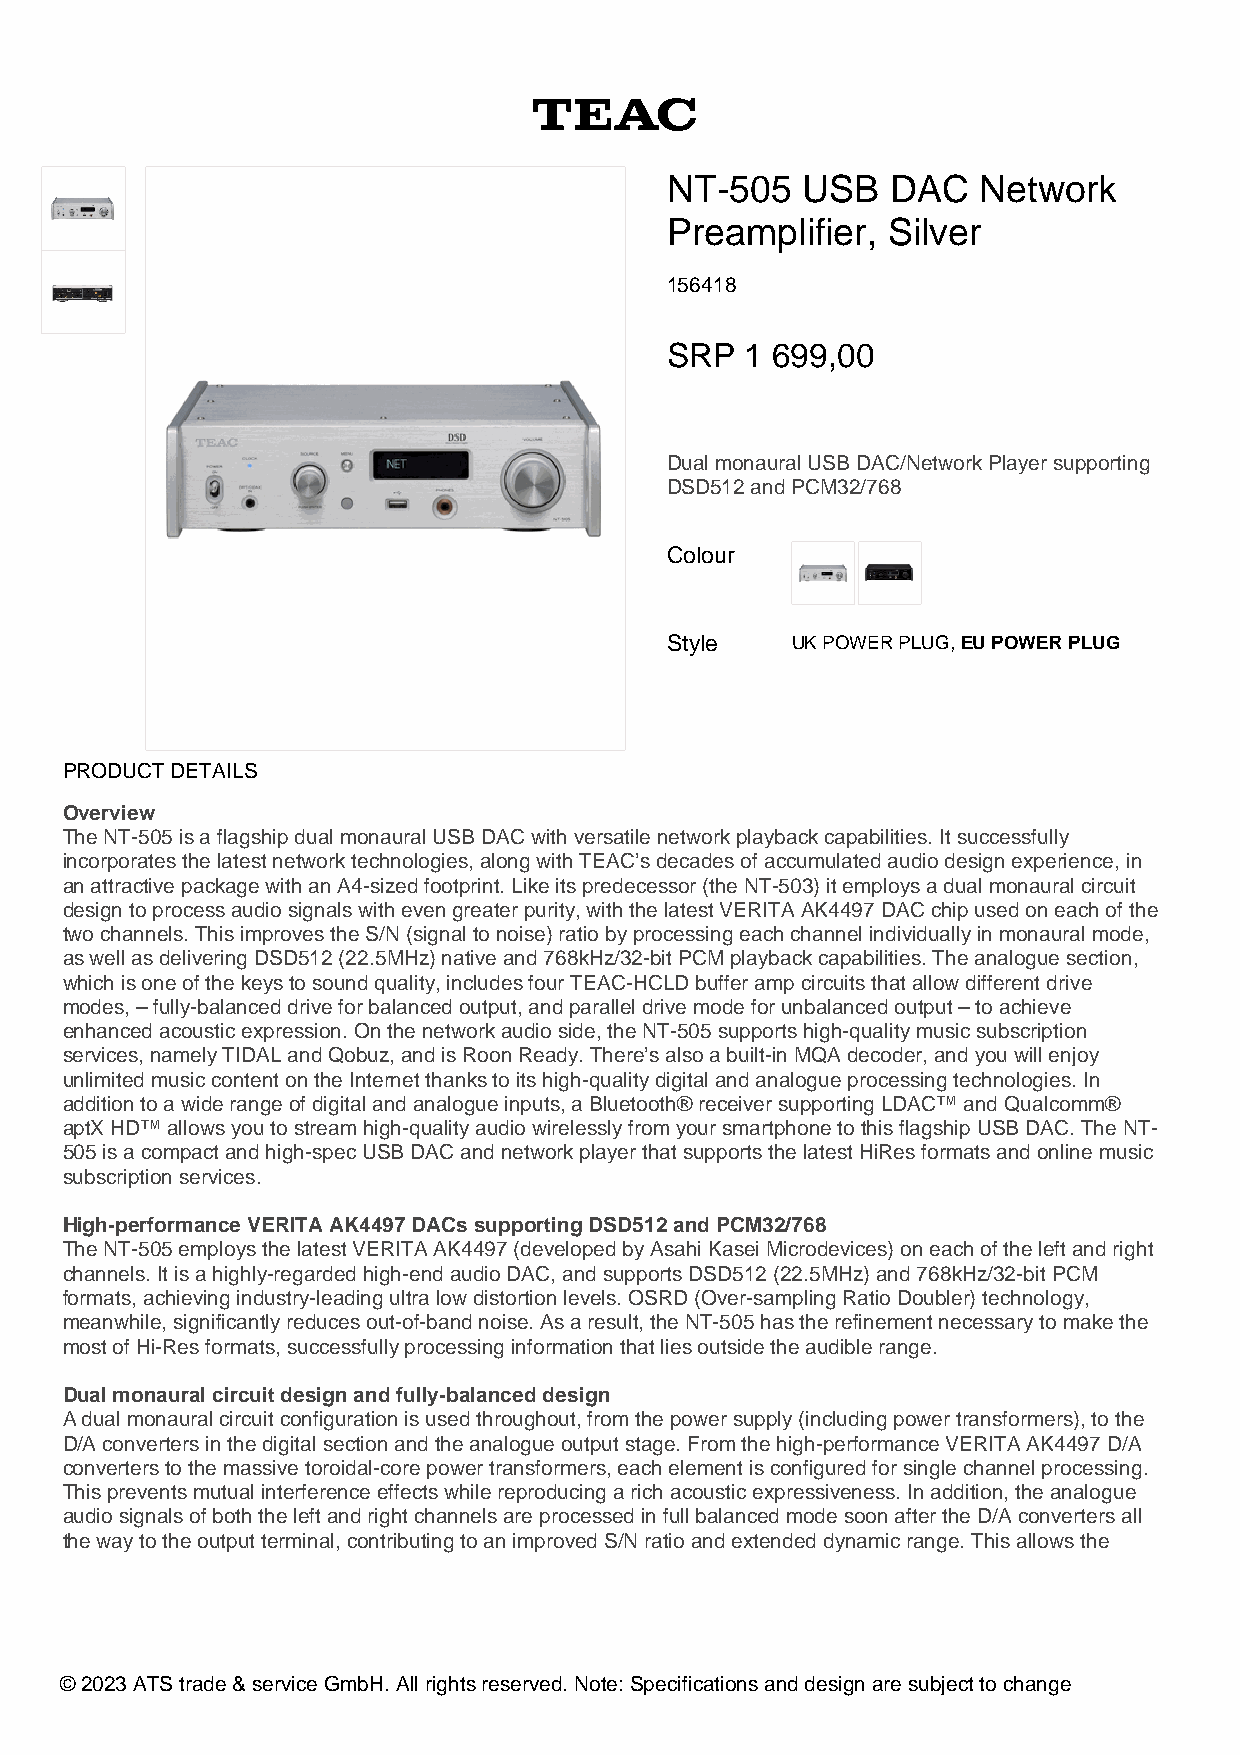
NT-505   USB   DAC   Network
 Preamplifier,  Silver
 156418
 SRP  1 699,00
 Dual monaural USB DAC/Network Player supporting
 DSD512 and PCM32/768
 Colour
 Style   UK POWER PLUG, EU POWER PLUG
 PRODUCT DETAILS
 Overview
 The NT-505 is a flagship dual monaural USB DAC with versatile network playback capabilities. It successfully
 incorporates the latest network technologies, along with TEAC’s decades of accumulated audio design experience, in
 an attractive package with an A4-sized footprint. Like its predecessor (the NT-503) it employs a dual monaural circuit
 design to process audio signals with even greater purity, with the latest VERITA AK4497 DAC chip used on each of the
 two channels. This improves the S/N (signal to noise) ratio by processing each channel individually in monaural mode,
 as well as delivering DSD512 (22.5MHz) native and 768kHz/32-bit PCM playback capabilities. The analogue section,
 which is one of the keys to sound quality, includes four TEAC-HCLD buffer amp circuits that allow different drive
 modes, – fully-balanced drive for balanced output, and parallel drive mode for unbalanced output – to achieve
 enhanced acoustic expression. On the network audio side, the NT-505 supports high-quality music subscription
 services, namely TIDAL and Qobuz, and is Roon Ready. There’s also a built-in MQA decoder, and you will enjoy
 unlimited music content on the Internet thanks to its high-quality digital and analogue processing technologies. In
 addition to a wide range of digital and analogue inputs, a Bluetooth® receiver supporting LDAC™ and Qualcomm®
 aptX HD™ allows you to stream high-quality audio wirelessly from your smartphone to this flagship USB DAC. The NT-
 505 is a compact and high-spec USB DAC and network player that supports the latest HiRes formats and online music
 subscription services.
 High-performance VERITA AK4497 DACs supporting DSD512 and PCM32/768
 The NT-505 employs the latest VERITA AK4497 (developed by Asahi Kasei Microdevices) on each of the left and right
 channels. It is a highly-regarded high-end audio DAC, and supports DSD512 (22.5MHz) and 768kHz/32-bit PCM
 formats, achieving industry-leading ultra low distortion levels. OSRD (Over-sampling Ratio Doubler) technology,
 meanwhile, significantly reduces out-of-band noise. As a result, the NT-505 has the refinement necessary to make the
 most of Hi-Res formats, successfully processing information that lies outside the audible range.
 Dual monaural circuit design and fully-balanced design
 A dual monaural circuit configuration is used throughout, from the power supply (including power transformers), to the
 D/A converters in the digital section and the analogue output stage. From the high-performance VERITA AK4497 D/A
 converters to the massive toroidal-core power transformers, each element is configured for single channel processing.
 This prevents mutual interference effects while reproducing a rich acoustic expressiveness. In addition, the analogue
 audio signals of both the left and right channels are processed in full balanced mode soon after the D/A converters all
 the way to the output terminal, contributing to an improved S/N ratio and extended dynamic range. This allows the
 © 2023 ATS trade & service GmbH. All rights reserved. Note: Specifications and design are subject to change